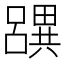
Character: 𤳧